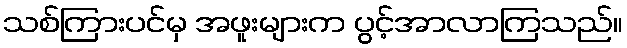
သစ်ကြားပင်မှ အဖူးများက ပွင့်အာလာကြသည်။